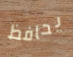
يحافظ